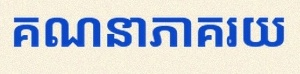
គណនាភាគរយ